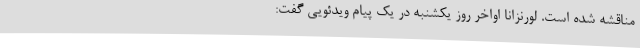
مناقشه شده است. لورنزانا اواخر روز یکشنبه در یک پیام ویدئویی گفت: